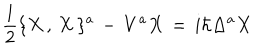
{ \frac { 1 } { 2 } } \{ X \, , \, X \, \} ^ { a } \, - \, V ^ { a } X \, = \, i \hbar \Delta ^ { a } X